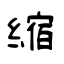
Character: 缩